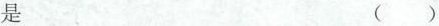
是（）